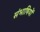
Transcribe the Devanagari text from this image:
संभाषियों